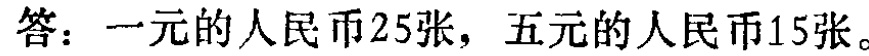
答：一元的人民币25张，五元的人民币15张。